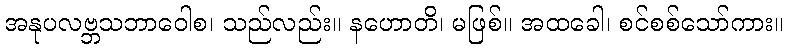
အနုပလဗ္ဘသဘာဝေါစ၊ သည်လည်း။ နဟောတိ၊ မဖြစ်။ အထခေါ၊ စင်စစ်သော်ကား။